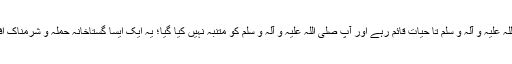
نیز یہ کہنا معاذ اللہ ثم معاذ اللہ اس غلطی پر حضور صلی اللہ علیہ و آلہ و سلم تا حیات قائم رہے اور آپ صلی اللہ علیہ و آلہ و سلم کو متنبہ نہیں کیا گیا؛ یہ ایک ایسا گستاخانہ حملہ و شرمناک افتراء ہے جس سے انسان حدود اسلام سے خارج ہو جاتا ہے۔